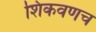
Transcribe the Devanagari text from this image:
शिकवणच